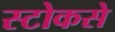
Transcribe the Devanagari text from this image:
स्टोकसे